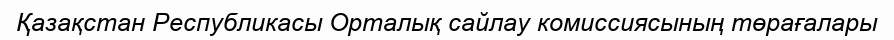
Қазақстан Республикасы Орталық сайлау комиссиясының төрағалары